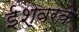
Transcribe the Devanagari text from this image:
ईश्वरके